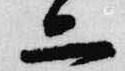
二